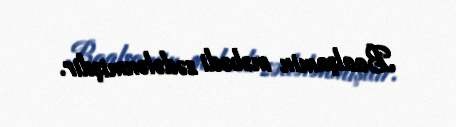
Baalşamin məbədi zədələnmişdir.